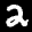
Label: 2